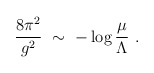
\begin{align*}\frac{8\pi^2}{g^2}\ \sim\ -\log\frac{\mu }\Lambda\ .\end{align*}